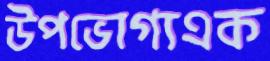
উপভোগ্যএক